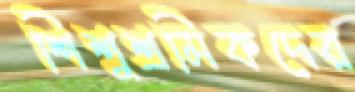
শিশুশ্রমিকদের